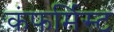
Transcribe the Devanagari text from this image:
कंफर्मिस्ट